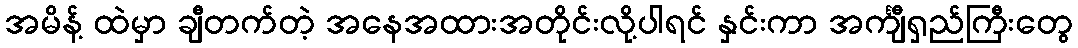
အမိန့် ထဲမှာ ချီတက်တဲ့ အနေအထားအတိုင်းလို့ပါရင် နှင်းကာ အင်္ကျီရှည်ကြီးတွေ